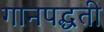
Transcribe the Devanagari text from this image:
गानपद्धती